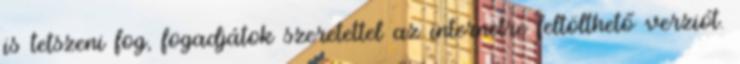
is tetszeni fog, fogadjátok szeretettel az internetre feltölthető verziót.